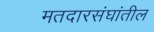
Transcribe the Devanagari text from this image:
मतदारसंघांतील